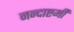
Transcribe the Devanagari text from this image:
नन्दाष्टमी